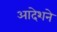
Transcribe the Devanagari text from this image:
आदेशने